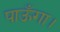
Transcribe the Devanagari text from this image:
पाऊँगा।